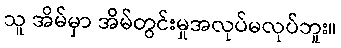
သူ အိမ်မှာ အိမ်တွင်းမှုအလုပ်မလုပ်ဘူး။